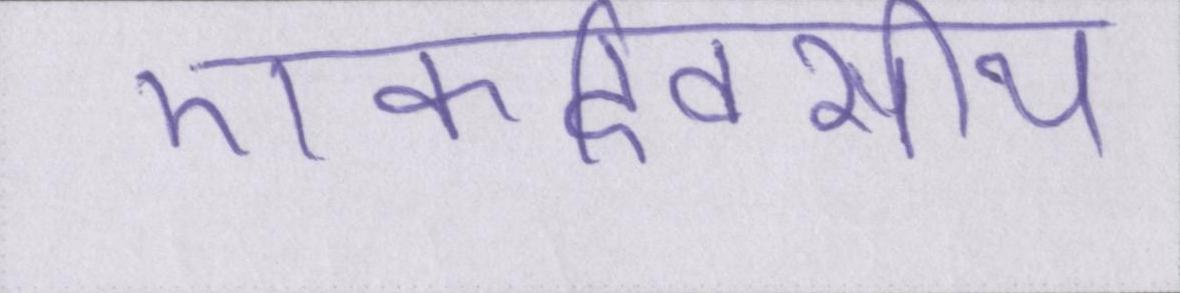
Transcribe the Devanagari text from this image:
एकदिवसीय